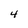
Character: 4